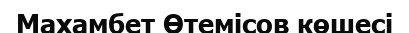
Махамбет Өтемісов көшесі